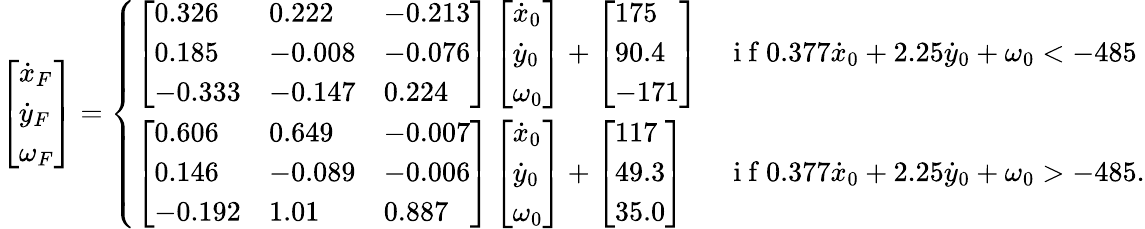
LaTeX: \left[\begin{array}{l}{\dot{x}_{F}}\\ {\dot{y}_{F}}\\ {\omega_{F}}\end{array}\right]=\left\{ \begin{array}{ll}{\left[\begin{array}{lll}{0.326}&{0.222}&{-0.213}\\ {0.185}&{-0.008}&{-0.076}\\ {-0.333}&{-0.147}&{0.224}\end{array}\right]\left[\begin{array}{l}{\dot{x}_{0}}\\ {\dot{y}_{0}}\\ {\omega_{0}}\end{array}\right]+\left[\begin{array}{l}{175}\\ {90.4}\\ {-171}\end{array}\right]}&{\mathrm{~i~f~}0.377\dot{x}_{0}+2.25\dot{y}_{0}+\omega_{0}<-485}\\ {\left[\begin{array}{lll}{0.606}&{0.649}&{-0.007}\\ {0.146}&{-0.089}&{-0.006}\\ {-0.192}&{1.01}&{0.887}\end{array}\right]\left[\begin{array}{l}{\dot{x}_{0}}\\ {\dot{y}_{0}}\\ {\omega_{0}}\end{array}\right]+\left[\begin{array}{l}{117}\\ {49.3}\\ {35.0}\end{array}\right]}&{\mathrm{~i~f~}0.377\dot{x}_{0}+2.25\dot{y}_{0}+\omega_{0}>-485.}\end{array}\right.